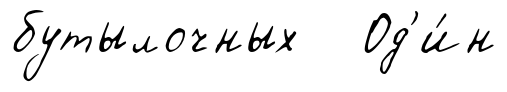
бутылочных Од'и́н